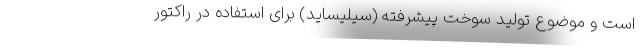
است و موضوع تولید سوخت پیشرفته (سیلیساید) برای استفاده در راکتور